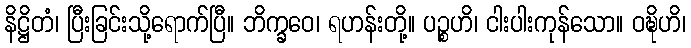
နိဋ္ဌိတံ၊ ပြီးခြင်းသို့ရောက်ပြီ။ ဘိက္ခဝေ၊ ရဟန်းတို့။ ပဉ္စဟိ၊ ငါးပါးကုန်သော။ ဝဍ္ဎိဟိ၊